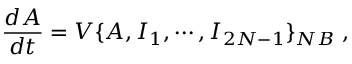
\frac { d A } { d t } = V \{ A , I _ { 1 } , \cdots , I _ { 2 N - 1 } \} _ { { \footnotesize N B } } \; ,